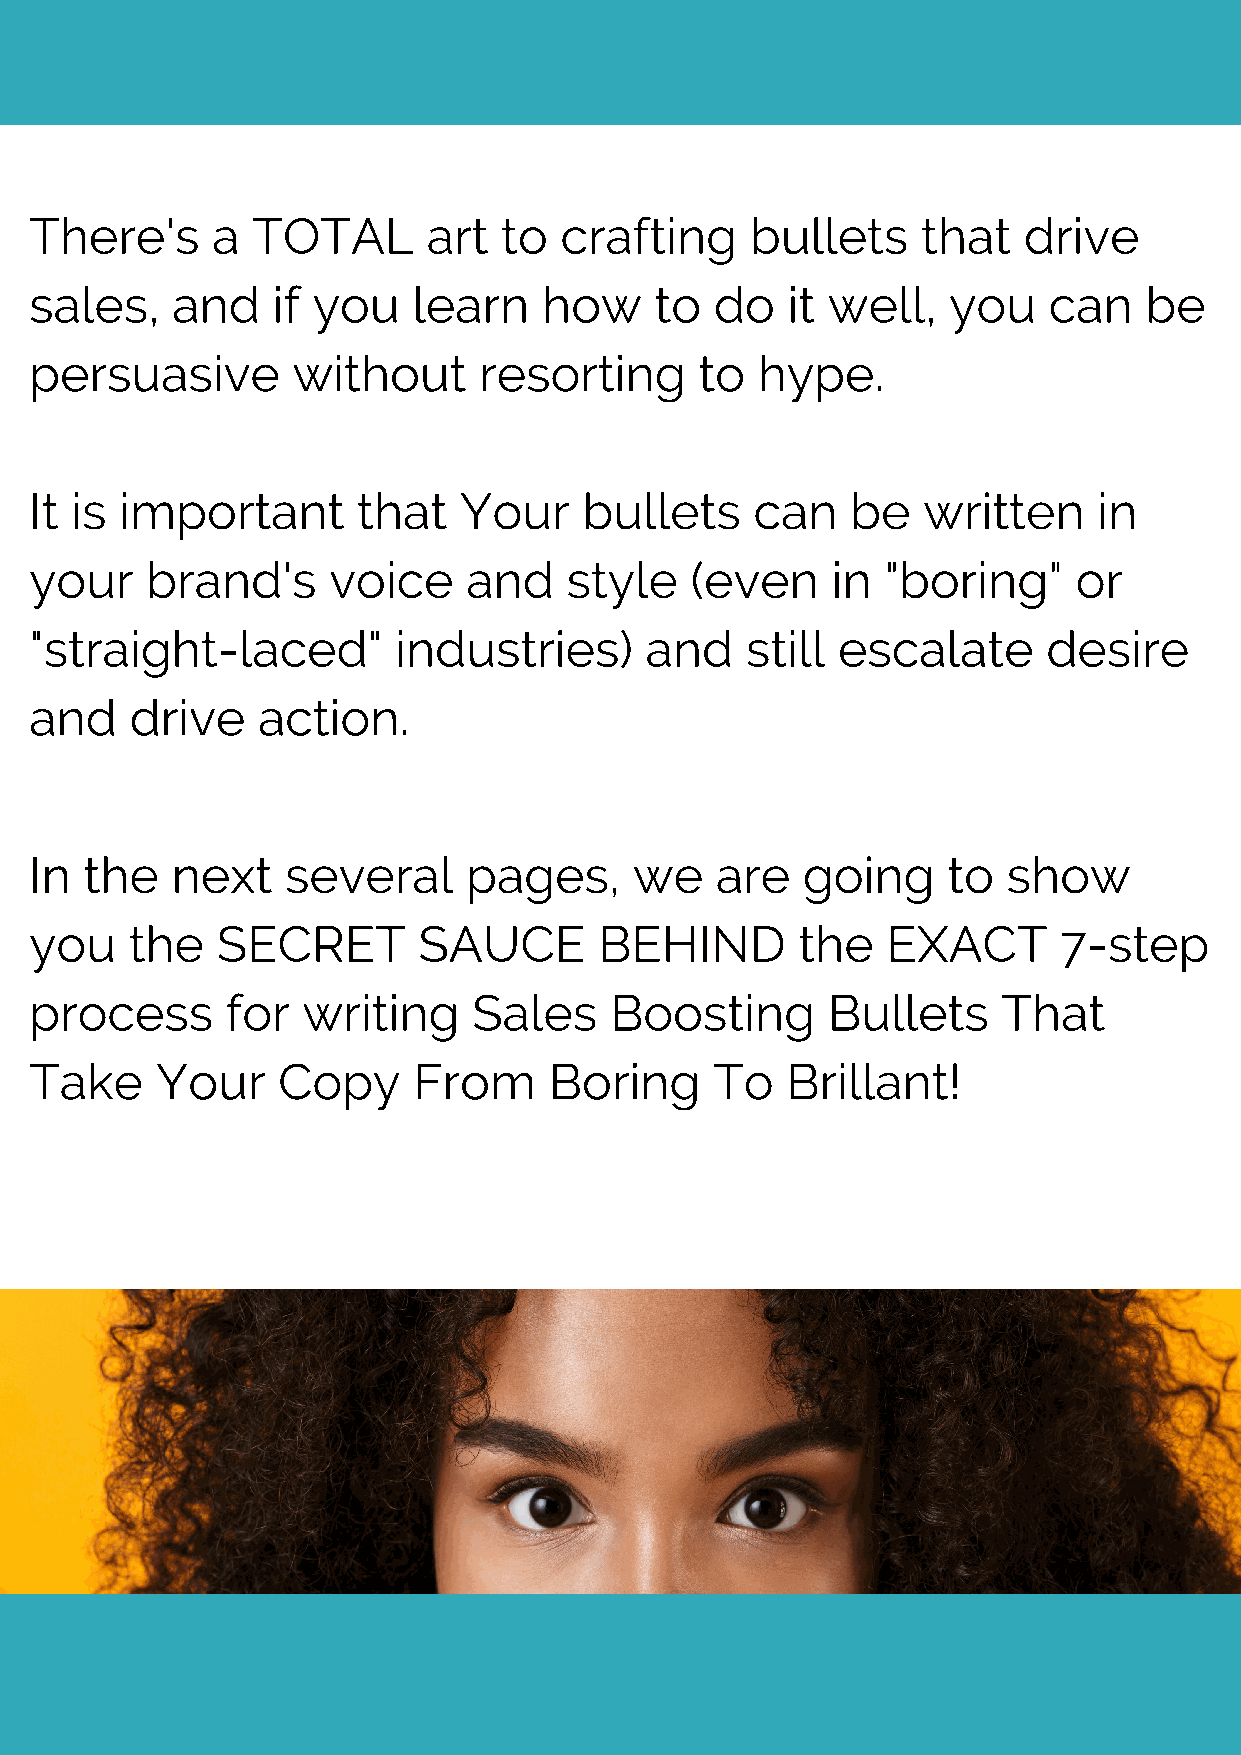
There's     a  TOTAL      art  to  crafting     bullets    that   drive
 sales,   and    if you   learn    how    to  do   it well,   you   can    be
 persuasive       without      resorting     to  hype.
 It is important       that  Your     bullets    can   be   written     in
 your    brand's     voice    and    style   (even    in  "boring"    or
 "straight-laced"        industries)      and   still escalate      desire
 and    drive   action.
 In  the  next    several     pages,     we   are   going     to  show
 you    the  SECRET        SAUCE       BEHIND       the   EXACT      7-step
 process      for  writing    Sales    Boosting       Bullets    That
 Take    Your    Copy     From     Boring     To   Brillant!